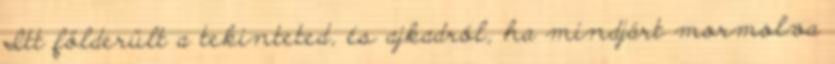
Itt földerült a tekinteted, és ajkadról, ha mindjárt mormolva